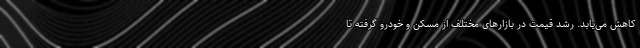
کاهش می‌یابد. رشد قیمت در بازارهای مختلف از مسکن و خودرو گرفته تا